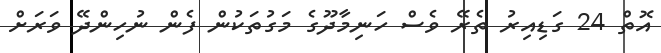
އޮތް 24 ގަޑިއިރު ތެރޭ ވެސް ހަނިމާދޫގެ މަގުތަކުން ފެން ނުހިންދޭ ވަރަށް